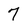
Character: 7